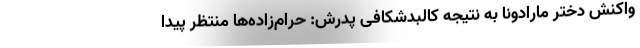
واکنش دختر مارادونا به نتیجه کالبدشکافی پدرش: حرام‌زاده‌ها منتظر پیدا